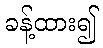
ခန့်ထား၍